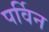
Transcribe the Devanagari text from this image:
पर्विन